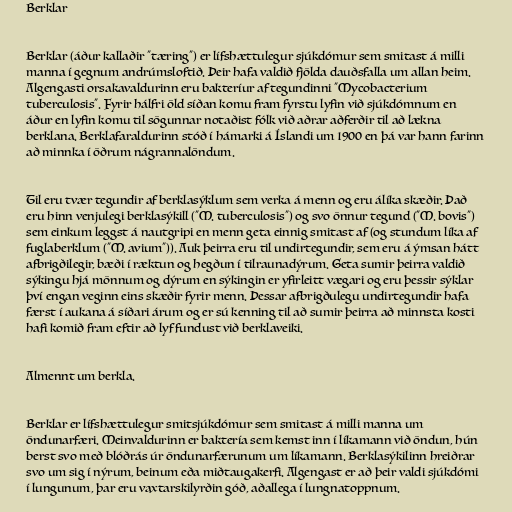
Berklar

Berklar (áður kallaðir "tæring") er lífshættulegur sjúkdómur sem smitast á milli
manna í gegnum andrúmsloftið. Þeir hafa valdið fjölda dauðsfalla um allan heim.
Algengasti orsakavaldurinn eru bakteríur af tegundinni "Mycobacterium
tuberculosis". Fyrir hálfri öld síðan komu fram fyrstu lyfin við sjúkdómnum en
áður en lyfin komu til sögunnar notaðist fólk við aðrar aðferðir til að lækna
berklana. Berklafaraldurinn stóð í hámarki á Íslandi um 1900 en þá var hann farinn
að minnka í öðrum nágrannalöndum.

Til eru tvær tegundir af berklasýklum sem verka á menn og eru álíka skæðir. Það
eru hinn venjulegi berklasýkill ("M. tuberculosis") og svo önnur tegund ("M. bovis")
sem einkum leggst á nautgripi en menn geta einnig smitast af (og stundum líka af
fuglaberklum ("M. avium")). Auk þeirra eru til undirtegundir, sem eru á ýmsan hátt
afbrigðilegir, bæði í ræktun og hegðun í tilraunadýrum. Geta sumir þeirra valdið
sýkingu hjá mönnum og dýrum en sýkingin er yfirleitt vægari og eru þessir sýklar
því engan veginn eins skæðir fyrir menn. Þessar afbrigðulegu undirtegundir hafa
færst í aukana á síðari árum og er sú kenning til að sumir þeirra að minnsta kosti
hafi komið fram eftir að lyf fundust við berklaveiki.

Almennt um berkla.

Berklar er lífshættulegur smitsjúkdómur sem smitast á milli manna um
öndunarfæri. Meinvaldurinn er baktería sem kemst inn í líkamann við öndun, hún
berst svo með blóðrás úr öndunarfærunum um líkamann. Berklasýkilinn hreiðrar
svo um sig í nýrum, beinum eða miðtaugakerfi. Algengast er að þeir valdi sjúkdómi
í lungunum, þar eru vaxtarskilyrðin góð, aðallega í lungnatoppnum.